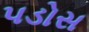
પડોસ